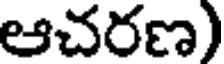
ఆచరణ)